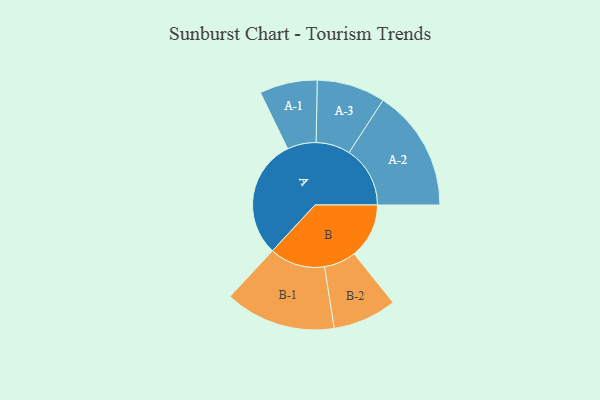
{"axis": {"x": "Segment", "y": "Value"}, "legend": ["", "A", "B"], "data": [{"x": "A", "y": 466, "type": ""}, {"x": "B", "y": 215, "type": ""}, {"x": "A-1", "y": 113, "type": "A"}, {"x": "A-2", "y": 239, "type": "A"}, {"x": "A-3", "y": 134, "type": "A"}, {"x": "B-1", "y": 217, "type": "B"}, {"x": "B-2", "y": 125, "type": "B"}]}